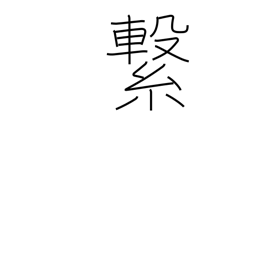
Meaning: tie